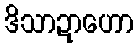
ဒိသာဍာဟော